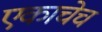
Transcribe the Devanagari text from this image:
एकाचेच